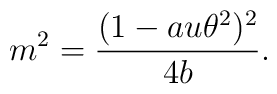
m^2=\frac{(1-au\theta^2)^2}{4b}.